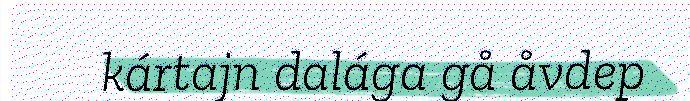
kártajn dalága gå åvdep